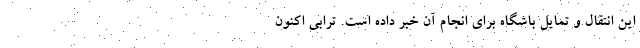
این انتقال و تمایل باشگاه برای انجام آن خبر داده است. ترابی اکنون